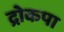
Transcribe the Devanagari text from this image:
द्रोकपा